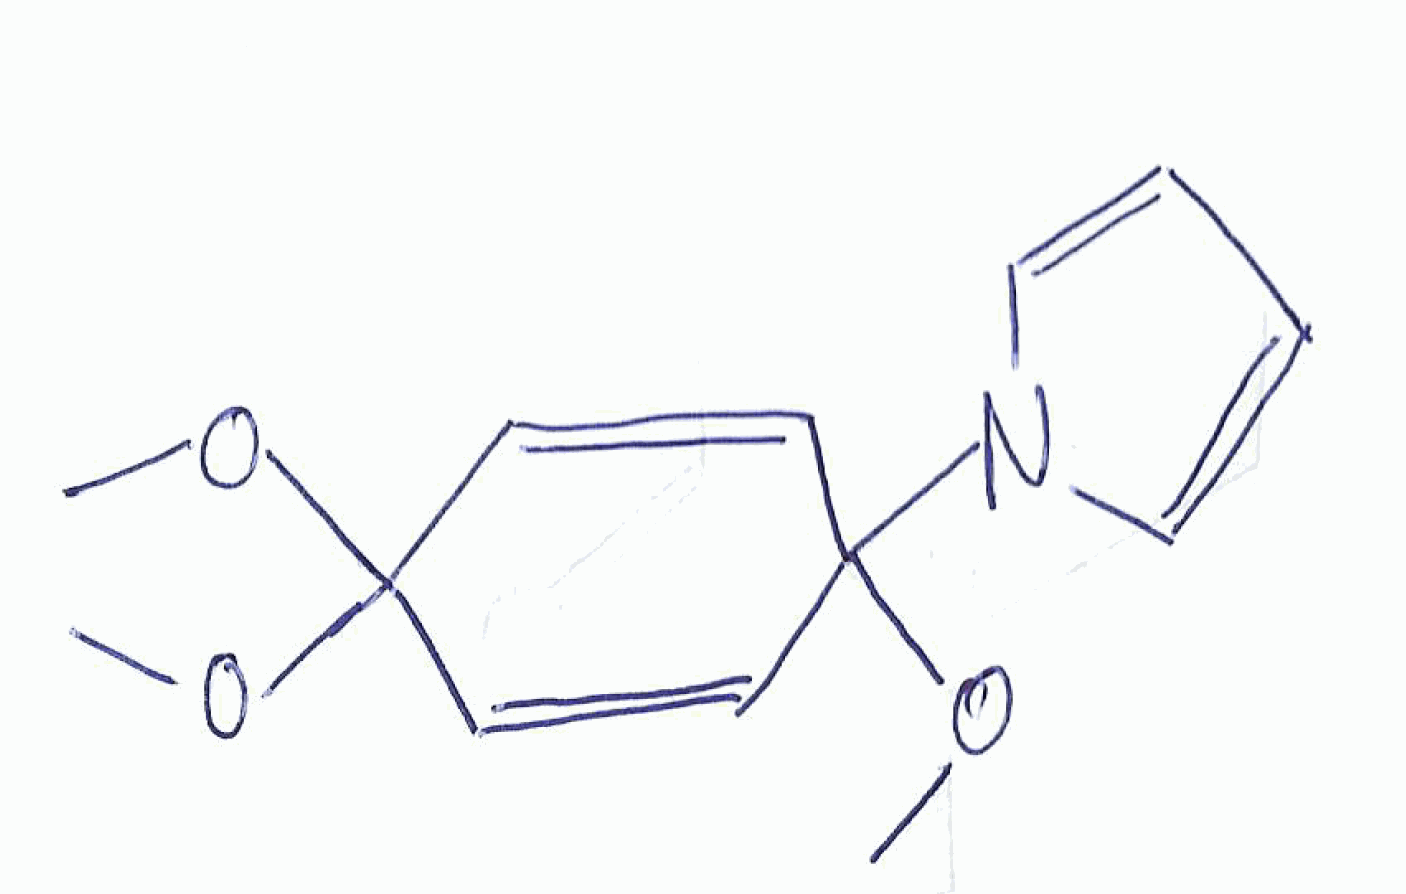
Simplified molecular-input line-entry system (SMILES) notation of the given molecule:
COC1(C=CC(C=C1)(OC)OC)N2C=CC=C2